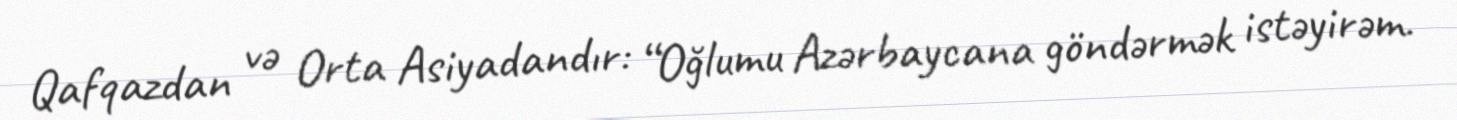
Qafqazdan və Orta Asiyadandır: “Oğlumu Azərbaycana göndərmək istəyirəm.